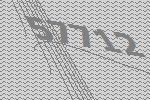
57712